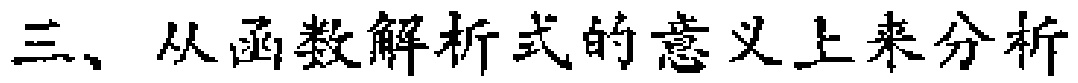
三、从函数解析式的意义上来分析